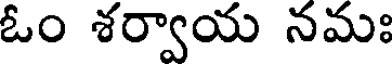
ఓం శర్వాయ నమః